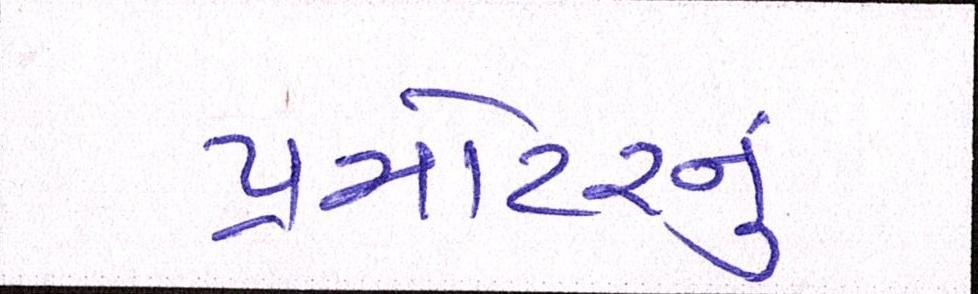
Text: પ્રમોટરનું